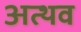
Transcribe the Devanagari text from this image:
अत्थव